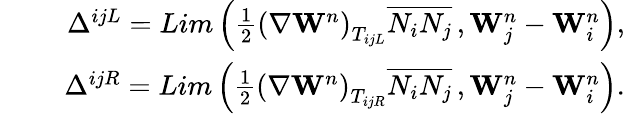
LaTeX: \begin{array}{rlr}&{\; }&{\Delta^{ijL}=Lim\left(\frac{1}{2}\left(\nabla{\mathbf{W}^{n}}\right)_{T_{ijL}}\overline{{N_{i}N_{j}}}\, ,\mathbf{W}_{j}^{n}-\mathbf{W}_{i}^{n}\right),}\\ &{\; }&{\Delta^{ijR}=Lim\left(\frac{1}{2}\left(\nabla{\mathbf{W}^{n}}\right)_{T_{ijR}}\overline{{N_{i}N_{j}}}\, ,\mathbf{W}_{j}^{n}-\mathbf{W}_{i}^{n}\right).}\end{array}